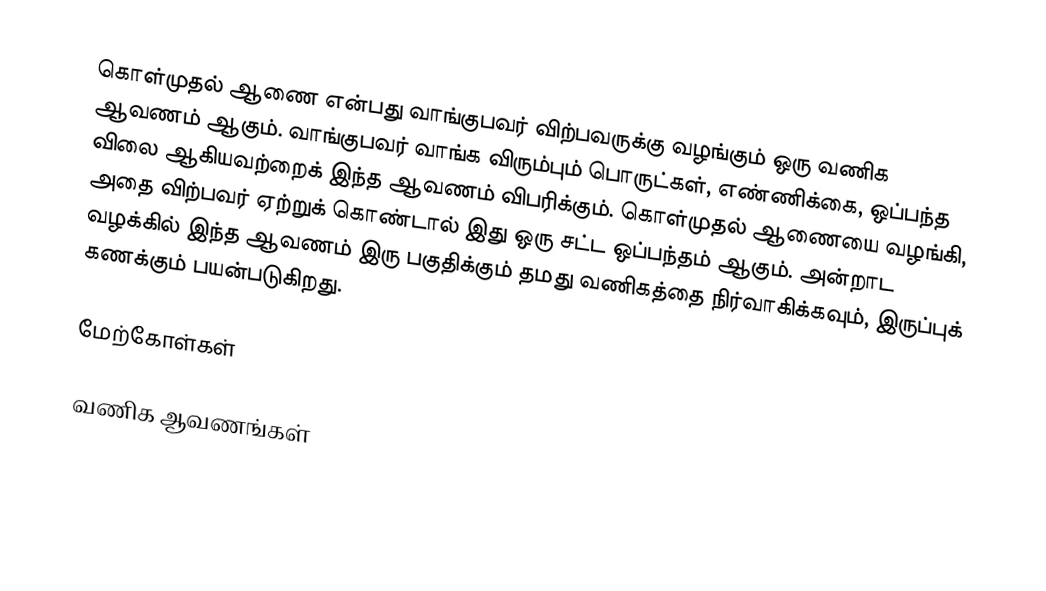
கொள்முதல் ஆணை என்பது வாங்குபவர் விற்பவருக்கு வழங்கும் ஒரு வணிக ஆவணம் ஆகும்.  வாங்குபவர் வாங்க விரும்பும் பொருட்கள், எண்ணிக்கை, ஒப்பந்த விலை ஆகியவற்றைக் இந்த ஆவணம் விபரிக்கும்.  கொள்முதல் ஆணையை வழங்கி, அதை விற்பவர் ஏற்றுக் கொண்டால் இது ஒரு சட்ட ஒப்பந்தம் ஆகும்.  அன்றாட வழக்கில் இந்த ஆவணம் இரு பகுதிக்கும் தமது வணிகத்தை நிர்வாகிக்கவும், இருப்புக் கணக்கும் பயன்படுகிறது.

மேற்கோள்கள்

வணிக ஆவணங்கள்